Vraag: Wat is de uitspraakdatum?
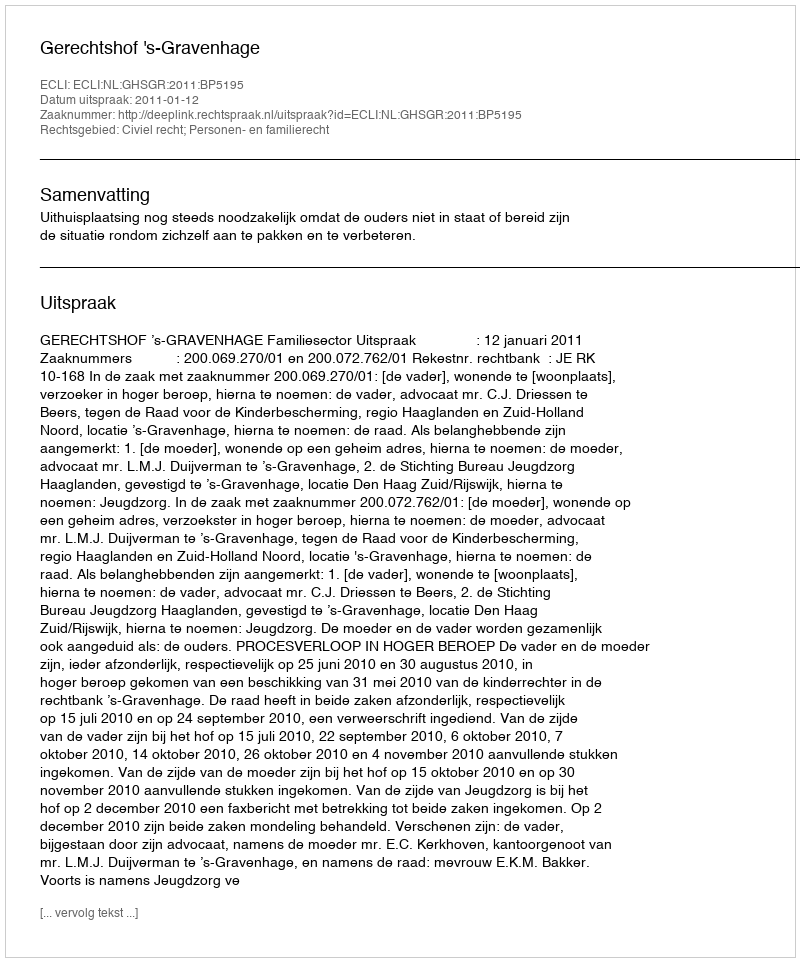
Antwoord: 2011-01-12